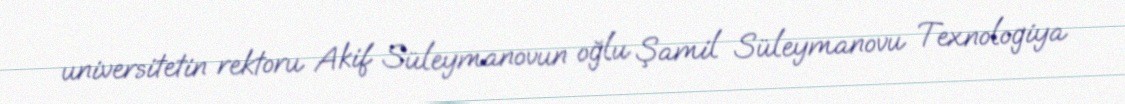
universitetin rektoru Akif Süleymanovun oğlu Şamil Süleymanovu Texnologiya